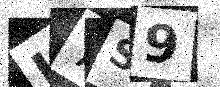
Text: H7S9